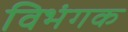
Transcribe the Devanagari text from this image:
विभंगक